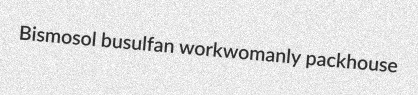
Bismosol busulfan workwomanly packhouse